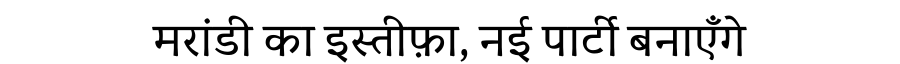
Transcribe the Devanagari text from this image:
मरांडी का इस्तीफ़ा, नई पार्टी बनाएँगे